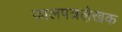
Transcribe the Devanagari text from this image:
जालपत्रले़खक